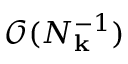
\mathcal { O } ( N _ { \mathbf { k } } ^ { - 1 } )